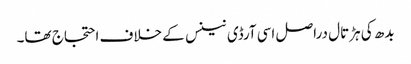
بدھ کی ہڑتال دراصل اسی آرڈی نینس کے خلاف احتجاج تھا۔